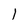
Character: I